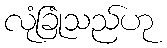
လုံခြုံသည်ဟု